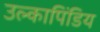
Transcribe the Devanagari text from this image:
उल्कापिंडिय